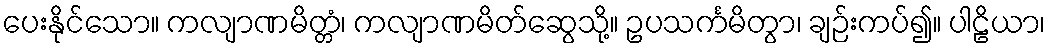
ပေးနိုင်သော။ ကလျာဏမိတ္တံ၊ ကလျာဏမိတ်ဆွေသို့။ ဥပသင်္ကမိတွာ၊ ချဉ်းကပ်၍။ ပါဠိယာ၊